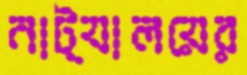
নাট্যালয়ের